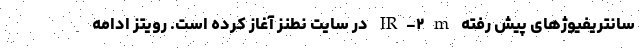
سانتریفیوژهای پیش رفته IR-۲m در سایت نطنز آغاز کرده است. رویتز ادامه